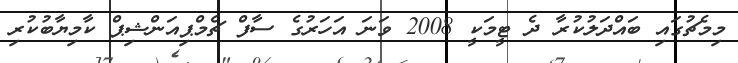
މިމެޗުގައި ބައްދަލުކުރާ ދެ ޓީމަކީ 2008 ވަނަ އަހަރުގެ ސާފް ޗެމްޕިއަންޝިޕް ކާމިޔާބުކުރި